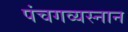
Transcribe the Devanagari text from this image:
पंचगव्यस्नान